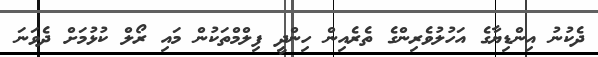
ދެކުނު އިންޑިޔާގެ އަހުލުވެރިންގެ ތެރެއިން ހިންދީ ފިލްމްތަކުން މައި ރޯލް ކުޅުމަށް ދެވަނަ